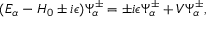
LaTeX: ( E _ { \alpha } - H _ { 0 } \pm i \epsilon ) \Psi _ { \alpha } ^ { \pm } = \pm i \epsilon \Psi _ { \alpha } ^ { \pm } + V \Psi _ { \alpha } ^ { \pm } ,